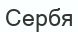
Сербя